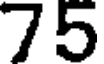
75